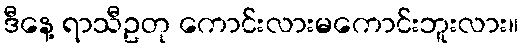
ဒီနေ့ ရာသီဥတု ကောင်းလားမကောင်းဘူးလား။